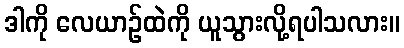
ဒါကို လေယာဉ်ထဲကို ယူသွားလို့ရပါသလား။